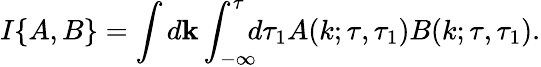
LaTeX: I\{ {A,B}\} =\int d{\mathbf{k}}\int_{-\infty}^{\tau}\! \! \! d\tau_{1}A(k;\tau,\tau_{1})B(k;\tau,\tau_{1}).